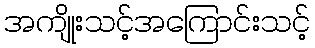
အကျိုးသင့်အကြောင်းသင့်